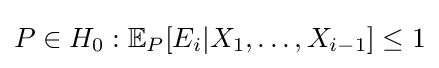
P\in H_{0}:{\mathbb {E} }_{P}[E_{i}|X_{1},\ldots ,X_{i-1}]\leq 1